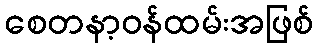
စေတနာ့ဝန်ထမ်းအဖြစ်